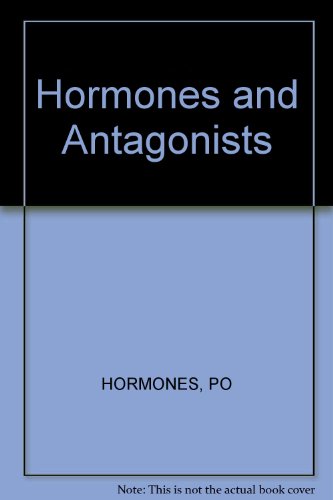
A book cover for Hormones and Antagonists: 4th International Seminar on Reproductive Physiology and Sexual Endocrinology, Brussels, May 1972; Medical Books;